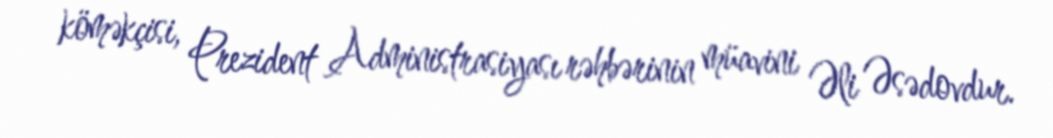
köməkçisi, Prezident Administrasiyası rəhbərinin müavini Əli Əsədovdur.